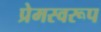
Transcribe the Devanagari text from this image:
प्रेमस्वरूप